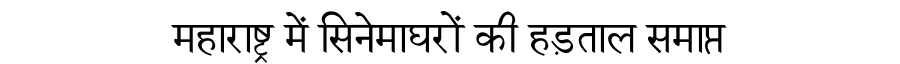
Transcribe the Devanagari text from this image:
महाराष्ट्र में सिनेमाघरों की हड़ताल समाप्त